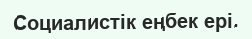
Социалистік еңбек ері.